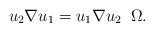
LaTeX: \begin{align*}u_2 \nabla u_{1} = u_1 \nabla u_{2} \; \; \Omega.\end{align*}